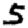
Digit: 5